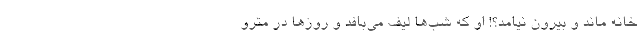
خانه ماند و بیرون نیامد؟! او که شب‌ها لیف می‌بافد و روزها در مترو